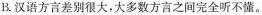
B.汉语方言差别很大，大多数方言之间完全听不懂。